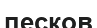
песков